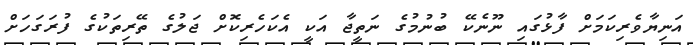
އަނިޔާވެރިކަމަށް ފާޅުގައި ނޫނެކޭ ބުނުމުގެ ނަތީޖާ އަކީ އެކަހެރިކޮށް ޖަލުގެ ތޭރިތަކުގެ ފުރަގަހަށް